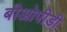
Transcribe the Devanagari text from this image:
बीओपीडी